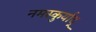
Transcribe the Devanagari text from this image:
नमस्कुर्याद्